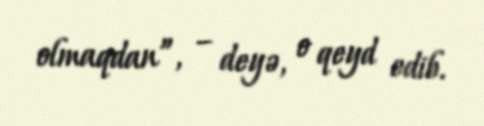
olmaqdan”, – deyə, o qeyd edib.